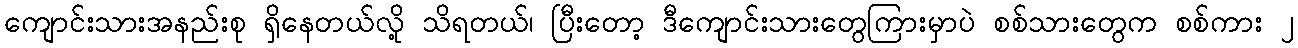
ကျောင်းသားအနည်းစု ရှိနေတယ်လို့ သိရတယ်၊ ပြီးတော့ ဒီကျောင်းသားတွေကြားမှာပဲ စစ်သားတွေက စစ်ကား ၂